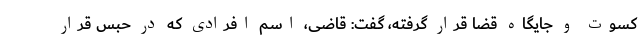
کسوت و جایگاه قضا قرار گرفته، گفت: قاضی، اسم افرادی که در حبس قرار